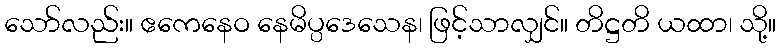
သော်လည်း။ ဧကေနေဝ နေမိပ္ပဒေသေန၊ ဖြင့်သာလျှင်။ တိဋ္ဌတိ ယထာ၊ သို့။